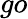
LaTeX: go